Report of the King Institute of Preventive Medicine, Guindy
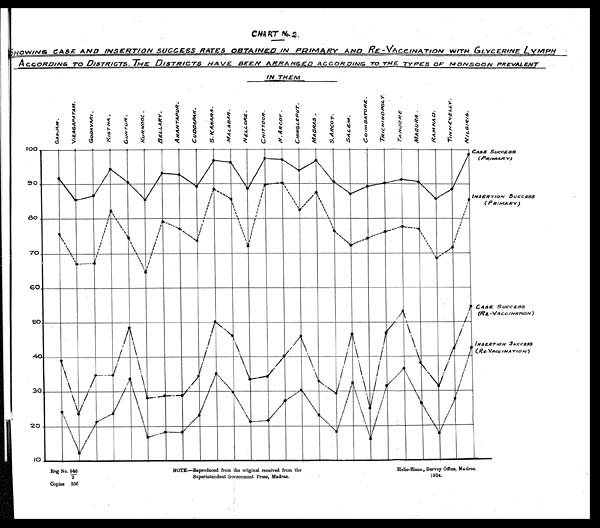
Helio-Zinco. Survey Office, Madras.
1924.
Reg No. 946
/ 2
Copies 306
NOTE.—Reproduced from the original received from the
Superintendent Government Press, Madras.
CART No 2 .
S HOWING CASE AND INSERTION SUCCESS RATES OBTAINED IN PRIMARY AND RE-VACCINATION WITH GLYCERINE LYMPH
A CCORDING To DISTRICTS. THE DISTRICTS HAVE BEEN ARRANGED ACCORDING T O
T H E T Y P E S
O F M O N S O O N
PREVALENT
IN THEM